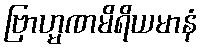
ဗြာဟ္မဏမိရိယမာနံ